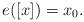
LaTeX: \begin{align*}e([x])=x_0.\end{align*}